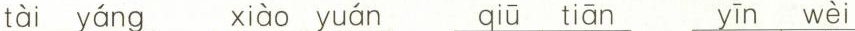
tài yáng xiào yuán qiū tiān yīn wèi